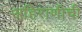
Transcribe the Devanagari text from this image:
अहिराणीची